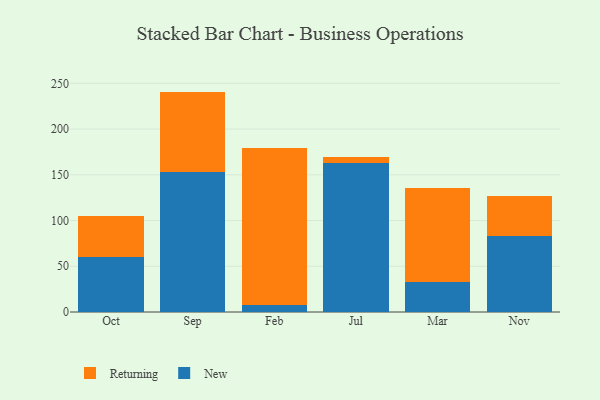
{"axis": {"x": "Month", "y": "Page Views"}, "legend": ["New", "Returning"], "data": [{"x": "Oct", "y": 59.7, "type": "New"}, {"x": "Oct", "y": 44.8, "type": "Returning"}, {"x": "Sep", "y": 153.2, "type": "New"}, {"x": "Sep", "y": 87.8, "type": "Returning"}, {"x": "Feb", "y": 7.9, "type": "New"}, {"x": "Feb", "y": 171.7, "type": "Returning"}, {"x": "Jul", "y": 162.4, "type": "New"}, {"x": "Jul", "y": 7.5, "type": "Returning"}, {"x": "Mar", "y": 32.3, "type": "New"}, {"x": "Mar", "y": 103.0, "type": "Returning"}, {"x": "Nov", "y": 82.8, "type": "New"}, {"x": "Nov", "y": 44.1, "type": "Returning"}]}